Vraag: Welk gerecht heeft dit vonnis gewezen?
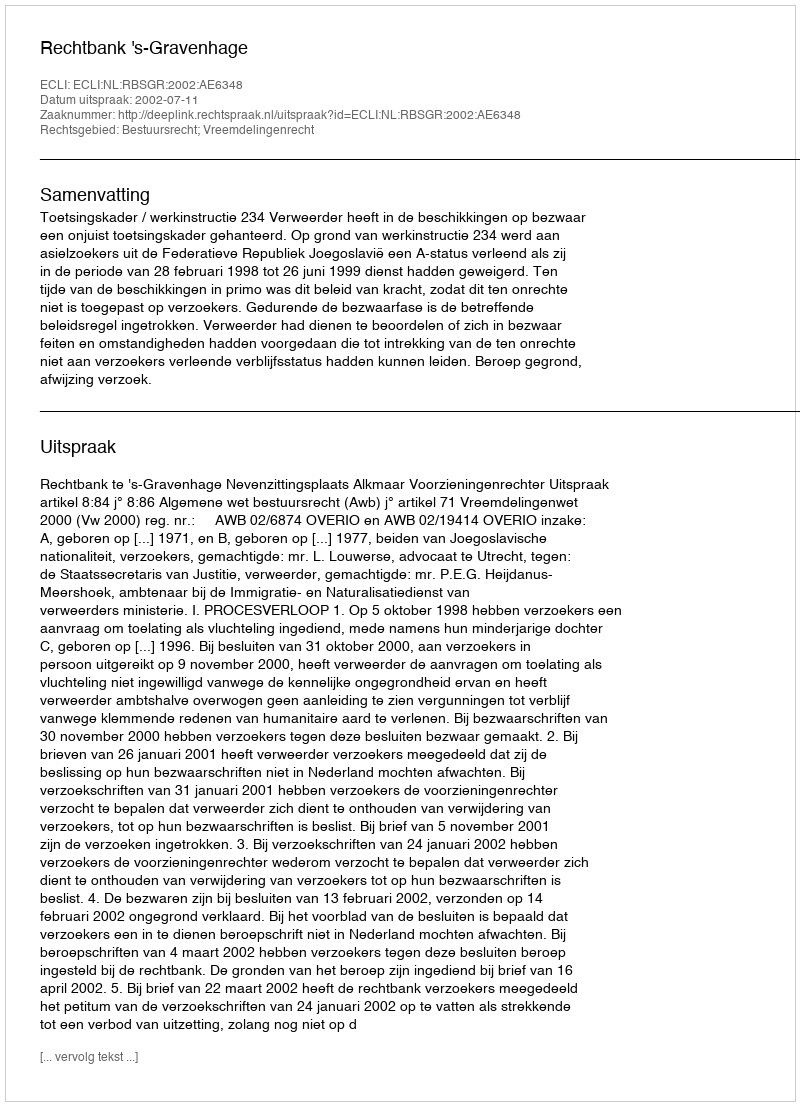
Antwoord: Rechtbank 's-Gravenhage